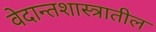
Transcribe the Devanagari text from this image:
वेदान्तशास्त्रातील